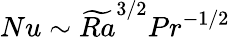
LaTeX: Nu\sim\widetilde{Ra}^{3/2}Pr^{-1/2}